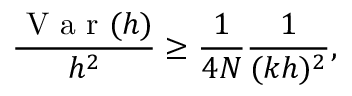
\frac { \mathrm { ~ V ~ a ~ r ~ } ( h ) } { h ^ { 2 } } \geq \frac { 1 } { 4 N } \frac { 1 } { ( k h ) ^ { 2 } } ,